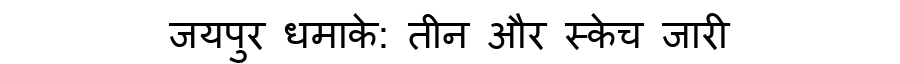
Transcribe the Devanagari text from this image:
जयपुर धमाके: तीन और स्केच जारी